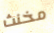
مخنث